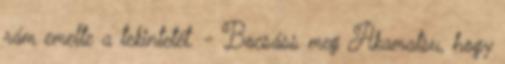
rám emelte a tekintetét. - Bocsáss meg Akamatsu, hogy